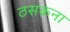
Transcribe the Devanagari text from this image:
ठसकना